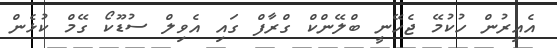
އެއިރުން ހުކުމޭ ޖެހޭނީ ބްލޭންކް ގްރާފް ގައި އެވިލް ސުޑޫކޯ ގޭމް ކުޅެން